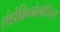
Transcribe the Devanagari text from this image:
एंडोक्रिनोलोजिस्ट